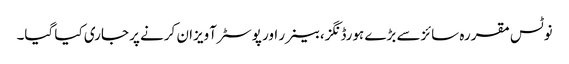
نوٹس مقررہ سائزسے بڑے ہورڈنگز،بینرر اور پوسٹر آویزان کرنے پر جاری کیا گیا۔